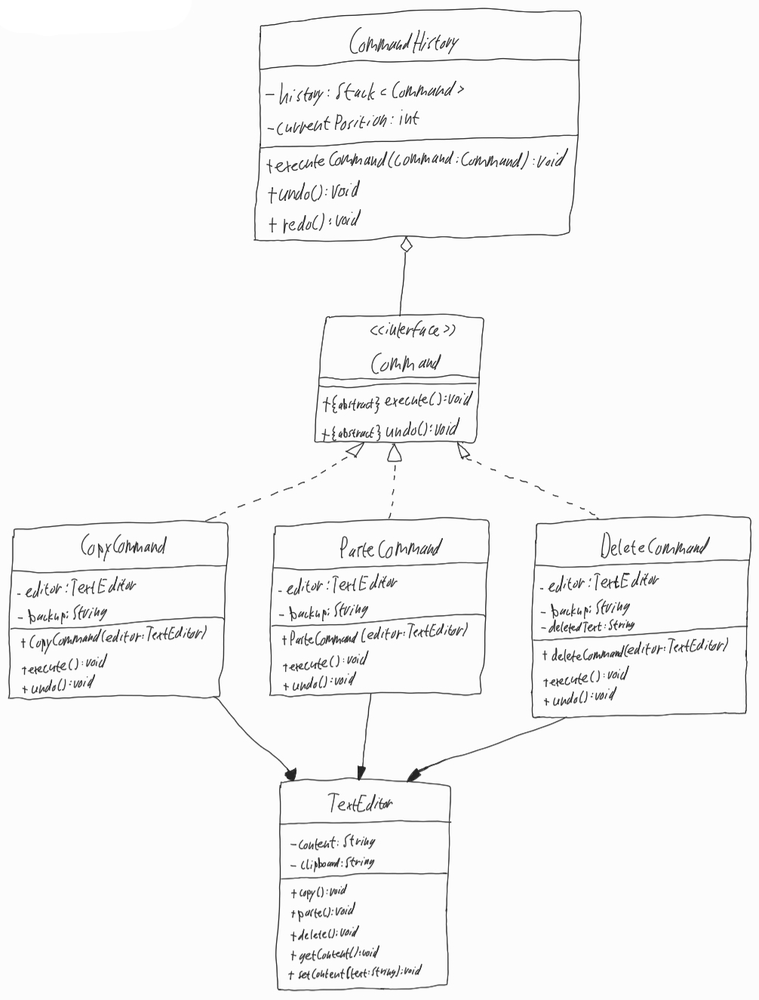
Diagram type: class_diagram
```plantuml
@startuml

class CommandHistory {
  - history: Stack<Command>
  - currentPosition: int
  + executeCommand(command: Command): void
  + undo(): void
  + redo(): void
}

interface Command {
  + {abstract} execute(): void
  + {abstract} undo(): void
}

class CopyCommand implements Command {
  - editor: TextEditor
  - backup: String
  + CopyCommand(editor: TextEditor)
  + execute(): void
  + undo(): void
}

class PasteCommand implements Command {
  - editor: TextEditor
  - backup: String
  + PasteCommand(editor: TextEditor)
  + execute(): void
  + undo(): void
}

class DeleteCommand implements Command {
  - editor: TextEditor
  - backup: String
  + deleteCommand(editor: TextEditor)
  + execute(): void
  + undo(): void
}

class TextEditor {
  - content: String
  - clipboard: String
  + copy(): void
  + paste(): void
  + delete(): void
  + getContent(): void
  + setContent(text: String): void
}

CommandHistory o-- Command

CopyCommand --> TextEditor
PasteCommand --> TextEditor
DeleteCommand --> TextEditor

@enduml
```